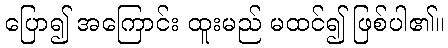
ပြော၍ အကြောင်း ထူးမည် မထင်၍ ဖြစ်ပါ၏။